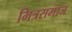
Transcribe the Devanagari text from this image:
मित्रसमाज